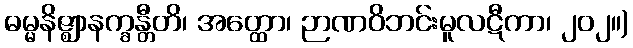
ဓမ္မနိဇ္ဈာနက္ခန္တီတိ၊ အတ္ထော၊ ဉာဏဝိဘင်းမူလဋီကာ၊ ၂၀၂။)